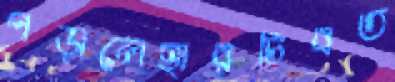
পড়ালেহারচিবত